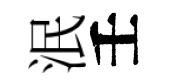
泯壬